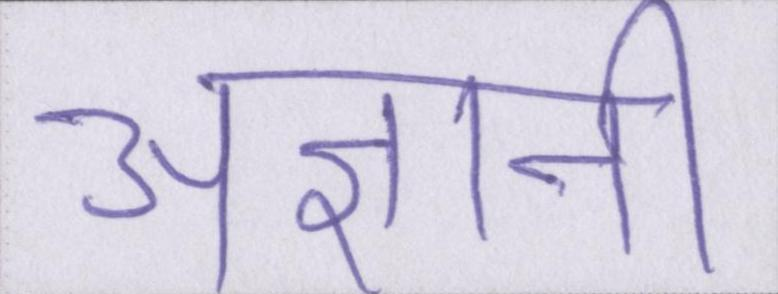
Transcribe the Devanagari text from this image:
अज्ञानी